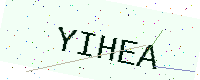
Text: YIHEA